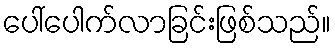
ပေါ်ပေါက်လာခြင်းဖြစ်သည်။